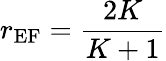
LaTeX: r_{\textrm{EF}}=\frac{2K}{K+1}